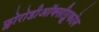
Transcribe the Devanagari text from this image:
फ्लोरोडीऑक्सीग्लूकोज़